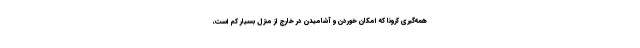
همه‌گیری کرونا که امکان خوردن و آشامیدن در خارج از منزل بسیار کم است،